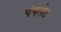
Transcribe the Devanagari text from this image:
पंपलेट